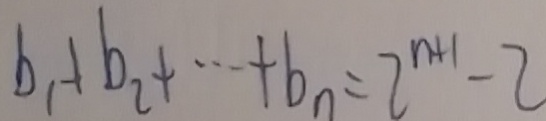
b _ { 1 } + b _ { 2 } + \cdots + b _ { n } = 2 ^ { n + 1 } - 2